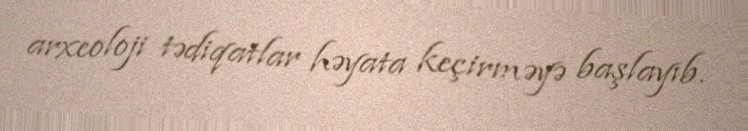
arxeoloji tədiqatlar həyata keçirməyə başlayıb.